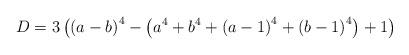
LaTeX: \begin{align*}D=3\left(\left(a-b\right)^{4}-\left(a^{4}+b^{4}+\left(a-1\right)^{4}+\left(b-1\right)^{4}\right)+1\right)\end{align*}